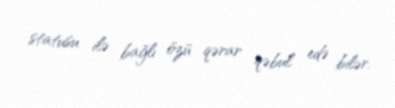
statusu ilə bağlı özü qərar qəbul edə bilər.